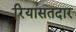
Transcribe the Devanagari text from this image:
रियासतदार